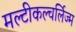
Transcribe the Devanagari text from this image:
मल्टीकल्चर्लिज्म